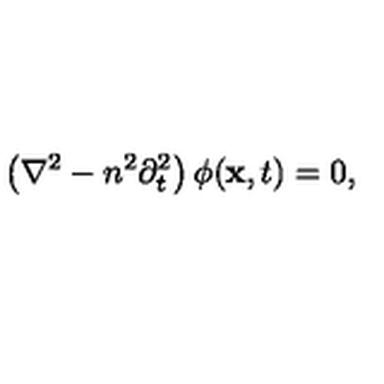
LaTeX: \left( \nabla ^ { 2 } - n ^ { 2 } \partial _ { t } ^ { 2 } \right) \phi ( { \bf x } , t ) = 0 ,